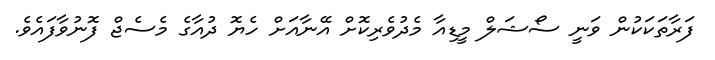
ފަރާތަކަކުން ވަނީ ސޯޝަލް މީޑިއާ މެދުވެރިކޮށް އޭނާއަށް ހެޔޮ ދުއާގެ މެސެޖް ފޮނުވާފައެވެ.